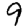
Digit: 9